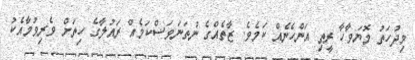
މިދުހަތު މޮޔަވާހާ ރީތި އަންހެނެއް ކަމެވެ. ޒާތެއްގެ ނުތަނަވަސްކަމެއް ރައުލާގެ ހިތަށް ވެރިވުމާއެކު